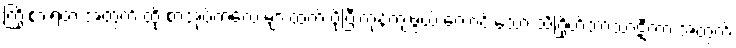
ကြိုးစားရတဲ့ အတွက် ထို စာအုပ်ကလေးများထက် ပိုပြီးကုန်ကျဖွယ် ကောင်းသော သင်္ဂြိုဟ်ဘာသာဋီကာ အတွက်